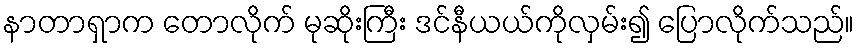
နာတာရှာက တောလိုက် မုဆိုးကြီး ဒင်နီယယ်ကိုလှမ်း၍ ပြောလိုက်သည်။